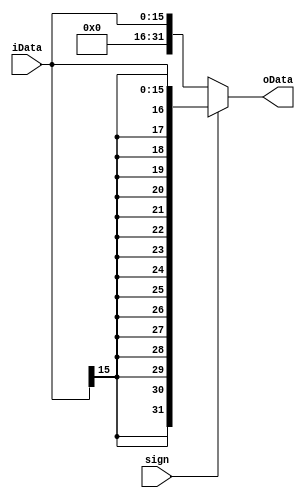
`timescale 1ns / 1ps

module EXT #(
        parameter IWIDTH = 16,
        parameter OWIDTH = 32
    ) (
        input wire [IWIDTH-1:0] iData,
        input wire sign,
        output wire [OWIDTH-1:0] oData 
    );

    assign oData = (sign ? {{(OWIDTH-IWIDTH){iData[IWIDTH-1]}}, iData[IWIDTH-1:0]} : {{(32-IWIDTH){1'b0}}, iData[IWIDTH-1:0]});

endmodule